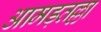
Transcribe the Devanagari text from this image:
आमड़तल्ला